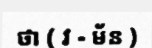
ថា ( វ - ម័ន )